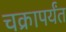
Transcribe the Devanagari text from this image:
चक्रापर्यंत